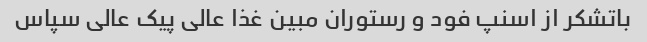
باتشکر از اسنپ فود و رستوران مبین غذا عالی پیک عالی سپاس